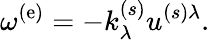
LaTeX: \omega^{(\mathrm{e})}=-k_{\lambda}^{(s)}u^{(s)\lambda}.